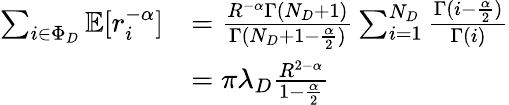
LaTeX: \begin{array}{rl}{\sum_{i\in\Phi_{D}}\mathbb{E}[r_{i}^{-\alpha}]}&{=\frac{R^{-\alpha}\Gamma(N_{D}+1)}{\Gamma(N_{D}+1-\frac{\alpha}{2})}\sum_{i=1}^{N_{D}}\frac{\Gamma(i-\frac{\alpha}{2})}{\Gamma(i)}}\\ &{=\pi\lambda_{D}\frac{R^{2-\alpha}}{1-\frac{\alpha}{2}}}\end{array}